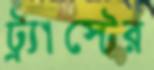
ট্র্যাস্টের